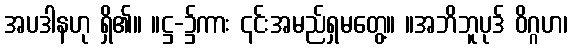
အပဒါနဟု ရှိ၏။ ။ဋ္ဌ-၌ကား ၎င်းအမည်ရှမတွေ့။ ။အဘိဘူပုဒ် ဝိဂ္ဂဟ၊